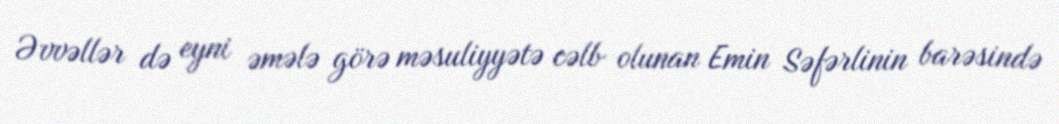
Əvvəllər də eyni əmələ görə məsuliyyətə cəlb olunan Emin Səfərlinin barəsində